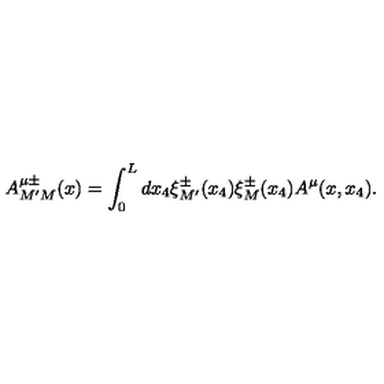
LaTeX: A _ { M ^ { \prime } M } ^ { \mu \pm } ( x ) = \int _ { 0 } ^ { L } d x _ { 4 } \xi _ { M ^ { \prime } } ^ { \pm } ( x _ { 4 } ) \xi _ { M } ^ { \pm } ( x _ { 4 } ) A ^ { \mu } ( x , x _ { 4 } ) .